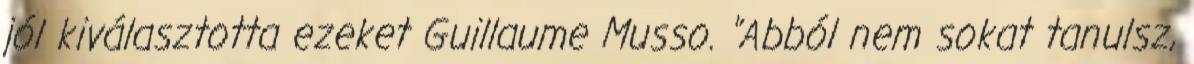
jól kiválasztotta ezeket Guillaume Musso. "Abból nem sokat tanulsz,